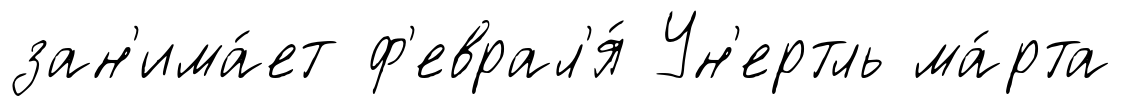
зан'има́ет ф'еврал'я́ Ун'ертль ма́рта